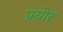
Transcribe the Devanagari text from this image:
प्रयोर